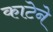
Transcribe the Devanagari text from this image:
काटेने